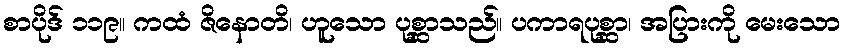
စာပိုဒ် ၁၁၉။ ကထံ ဇိနောတိ၊ ဟူသော ပုစ္ဆာသည်။ ပကာရပုစ္ဆာ၊ အပြားကို မေးသော